Annual statistical returns and brief notes on vaccination in Bengal - 1896-1909
Year: 1896
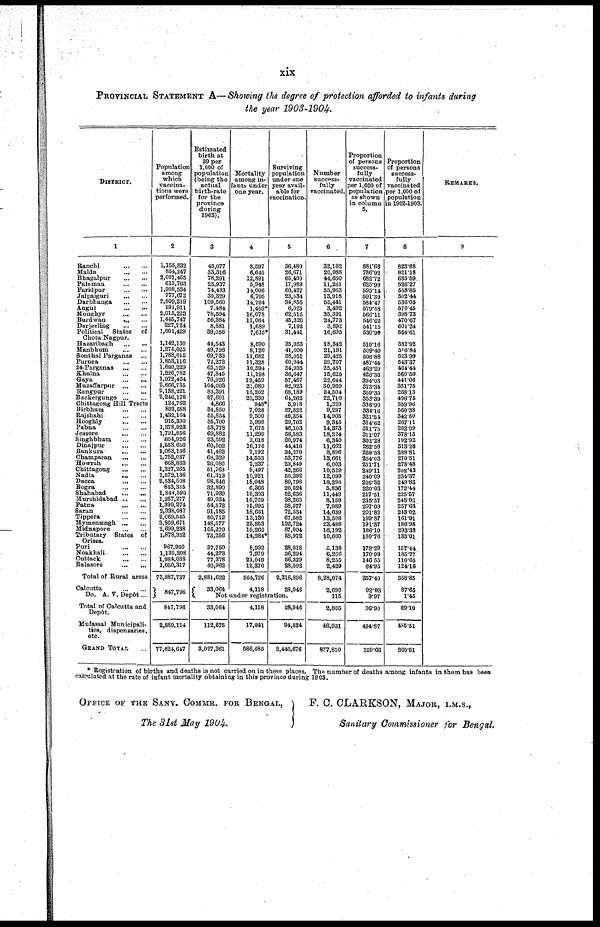
xix
PROVINCIAL STATEMENT A—Showing the degree of protection afforded to infants during
the year 1903-1904.
DISTRICT.
1
Ranchi
...
...
Malda
...
...
Bhagalpur
...
...
Palamau
...
...
Faridpur
...
...
Jalpaiguri
...
...
Darbhanga
...
...
Angul ... ...
Monghyr
...
...
Burdwan
...
...
Darjeeling
...
...
Political States of
Chota Nagpur.
Hazaribagh
...
...
Manbhum
...
...
Sonthal Parganas ...
Purnea ... ...
24-Parganas
...
...
Khulna
...
...
Gaya
...
...
Muzaffarpur
...
...
Rangpur
...
...
Backergunge ... ...
Chittagong Hill Tracts
Birbhum
...
...
Rajshahi
...
...
Hooghly
...
...
Pabna
...
...
Jessore
...
...
Singhbhum
...
...
Dinajpur
...
...
Bankura
...
...
Champaran
...
...
Howrah
...
...
Chittagong
...
...
Nadia
...
...
Dacca
...
...
Bogra
...
...
Shahabad
...
...
Murshidabad ... ...
Patna ... ...
Saran
...
...
Tippera
...
...
Mymensingh
...
...
Midnapore ... ...
Tributary States of
Orissa.
Puri ... ...
Noakhali
...
...
Cuttack
...
...
Balasore
...
...
Total of Rural areas
Calcutta
...
...
Do. A. V. Depôt ...
Total of Calcutta and
Depôt.
Mufassal Municipali-
ties, dispensaries,
etc.
GRAND TOTAL ...
Population
among
which
vaccina-
tions were
performed.
2
1,155,832
854,247
2,007,455
613,763
1,908,534
777,672
2,809,219
191,911
2,015,223
1,445,747
227,724
1,001,429
1,142,130
1,275,025
1,788,015
1,853,116
1,680,229
1,226,782
1,972,464
2,666,735
2,138,221
2,246,178
124,762
893,588
1,432,164
915,390
1,378,923
1,791,856
604,926
1,553,650
1,063,136
1,752,037
668,863
1,327,265
1,572,136
2,534,508
843,335
1,844,590
1,257,277
1,399,274
2,338,087
2,069,545
3,809,671
2,699,238
1,878,352
967,950
1,135,208
1,984,038
1,050,317
73,887,737
847,796
847,796
2,889,114
77,624,647
Estimated
birth at
39 per
1,000 of
population
(being the
actual
birth-rate
for the
province
during
1903).
3
45,077
33,316
78,291
23,937
74,433
30,329
109,560
7,484
78,594
56,384
8,881
39,056
44,543
49,726
69,733
72,272
65,529
47,845
76,926
104,003
83,391
87,601
4,866
34,850
55,854
35,700
53,778
69,882
23,592
60,592
41,462
68,329
26,086
51,763
61,313
98,846
32,890
71,939
49,034
54,572
91,185
80,712
148,577
105,270
73,256
37,750
44,273
77,378
40,962
2,881,622
33,064
Mortality
among in-
fants under
one year.
4
8,597
6,645
12,891
5,948
14,006
6,795
14,704
1,459*
16,078
11,064
1,689
7,615*
8,590
8,126
11,682
11,328
10,594
11,198
19,459
21,080
15,202
23,339
948*
7,028
9,500
5,998
7,675
11,299
2,618
16,176
7,192
14,553
2,237
9,497
10,921
18,048
6,366
19,303
10,769
15,995
18,651
13,130
25,853
18,266
14,284*
8,932
7,979
21,049
12,370
564,726
4,118
Surviving
population
under one
year avail-
able for
vaccination.
5
36,480
26,671
65,400
17,989
60,427
23,534
94,856
6,025
62,516
45,320
7,192
31,441
35,953
41,600
58,051
60,944
54,935
36,647
57,467
82,923
68,189
64,262
3,918
27,822
46,354
29,702
46,103
58,583
20,974
44,416
34,270
53,776
23,849
42,266
50,392
80,798
26,524
52,636
38,265
38,577
72,534
67,582
122,724
87,004
58,972
28,818
36,294
56,329
28,592
2,316,896
28,946
Not under registration.
33,064
112,675
3,027,361
4,118
17,841
586,685
28,946
94,834
2,440,676
Number
success-
fully
vaccinated.
6
32,162
20,988
44,650
11,261
35,963
13,918
55,441
3,492
35,391
24,773
3,892
16,695
18,342
21,191
29,425
29,707
25,451
15,626
22,644
30,959
24,504
22,710
1,320
9,297
14,905
9,345
14,373
18,224
6,340
11,662
8,896
13,661
6,003
10,529
12,099
18,290
5,836
11,449
8,159
7,989
14,639
13,508
23,486
16,192
10,660
5,138
6,206
8,255
2,429
8,28,074
2,690
115
2,805
46,931
877,810
Proportion
of persons
success-
fully
vaccinated
per 1,000 of
population
as shown
in column
5.
7
881.63
786.92
682.72
625.99
595.14
591.39
584.47
579.58
566.11
546.62
541.15
530.99
510.16
509.40
506.88
487.44
463.29
426.36
394.03
373.34
359.35
353.39
336.90
334.16
321.54
314.62
311.75
311.07
302.28
262.56
259.58
254.03
251.71
249.11
240.09
226.36
220.03
217.51
215.57
207.09
201.82
199.87
191.37
186.10
180.76
178.29
170.99
146.55
84.95
357.40
92.93
3.97
96.90
494.87
359.66
Proportion
of persons
success-
fully
vaccinated
per 1,000 of
population
in 1902-1903.
8
823.68
821.18
685.59
526.27
558.85
502.44
536.05
570.45
398.73
470.67
601.24
564.61
382.92
510.84
523.99
543.37
464.44
560.50
441.06
351.75
268.13
406.75
359.96
560.38
342.50
267.11
262.09
378.15
192.92
313.26
288.81
270.51
278.48
208.43
234.37
249.83
172.44
225.57
246.02
257.63
243.02
161.91
186.98
293.38
133.01
157.44
185.77
110.65
124.16
358.85
87.65
1.45
89.10
485.51
360.51
REMARKS.
9
* Registration of births and deaths is not carried on in these places. The number of deaths among infants in them has been
calculated at the rate of infant mortality obtaining in this province during 1903.
OFFICE OF THE SANY. COMMR. FOR BENGAL,
The 31st May 1904.
F. C. CLARKSON, MAJOR, I.M.S.,
Sanitary Commissioner for Bengal.